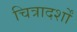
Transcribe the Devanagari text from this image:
चित्रादर्शों